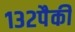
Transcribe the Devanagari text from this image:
१३२पैकी